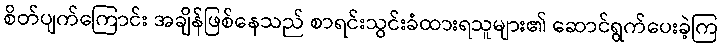
စိတ်ပျက်ကြောင်း အချိန်ဖြစ်နေသည် စာရင်းသွင်းခံထားရသူများ၏ ဆောင်ရွက်ပေးခဲ့ကြ